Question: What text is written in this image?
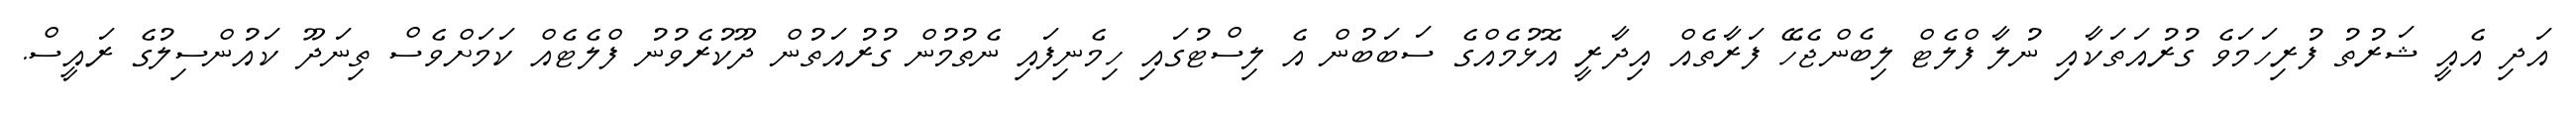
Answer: އަދި އެއީ ޝަރުތު ފުރިހަމަވެ ގުރުއަތަކާއި ނުލާ ފްލެޓް ލިބެންޖެހޭ ފަރާތެއް އިދާރީ އޮޅުމެއްގެ ސަބަބުން އެ ލިސްޓުގައި ހިމެނިފައި ނެތުމުން ގުރުއަތުން ދޫކުރެވުނު ފްލެޓެއް ކަމަށްވެސް ތިނަދޫ ކައުންސިލުގެ ރައީސް.